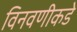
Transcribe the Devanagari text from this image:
विनवणीकडे